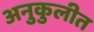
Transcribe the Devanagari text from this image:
अनुकुलीत